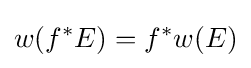
w(f^{*}E)=f^{*}w(E)